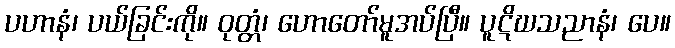
ပဟာနံ၊ ပယ်ခြင်းကို။ ဝုတ္တံ၊ ဟောတော်မူအပ်ပြီ။ ပူဋိဃသညာနံ၊ ပေ။